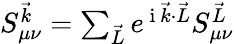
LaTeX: \begin{array}{r}{S_{\mu\nu}^{\vec{k}}=\sum_{\vec{L}}e^{\mathrm{~i~}\vec{k}\cdot\vec{L}}S_{\mu\nu}^{\vec{L}}}\end{array}